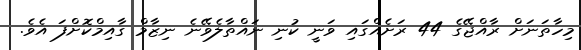
މިހާތަނަށް ރާއްޖޭގެ 44 ރަށެއްގައި ވަނީ ކުނި ނައްތާލެވޭނެ ނިޒާމް ގާއިމްކޮށްފަ އެވެ.